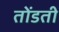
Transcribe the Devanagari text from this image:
तोंडती